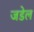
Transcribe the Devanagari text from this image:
जडेल